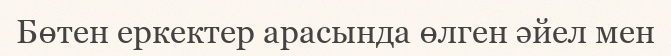
Бөтен еркектер арасында өлген әйел мен